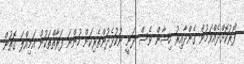
ފޯރުކޮށްދެއްވަމުން ގެންދާއިރު ހިޝާން ވެސް ދަނީ ނުކުޅެެދުންތެރިކަން ހުންނަ ފަރާތްތަކުން އަމިއްލަ ގޮތުން